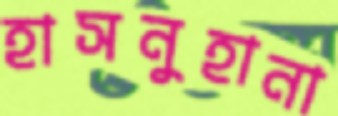
হাসনুহানা